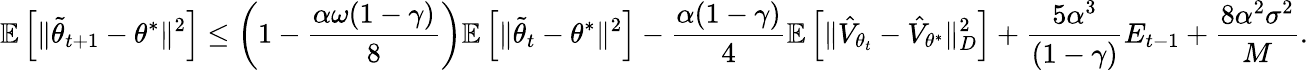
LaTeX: \mathbb{E}\left[\Vert\tilde{\theta}_{t+1}-\theta^{*}\Vert^{2}\right]\leq\left(1-\frac{\alpha\omega(1-\gamma)}{8}\right)\mathbb{E}\left[\Vert\tilde{\theta}_{t}-\theta^{*}\Vert^{2}\right]-\frac{\alpha(1-\gamma)}{4}\mathbb{E}\left[\Vert\hat{V}_{{\theta}_{t}}-\hat{V}_{\theta^{*}}\Vert_{D}^{2}\right]+\frac{5\alpha^{3}}{(1-\gamma)}E_{t-1}+\frac{8\alpha^{2}\sigma^{2}}{M}.